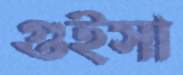
গুইসা